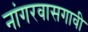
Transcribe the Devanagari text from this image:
नांगरवासगावी